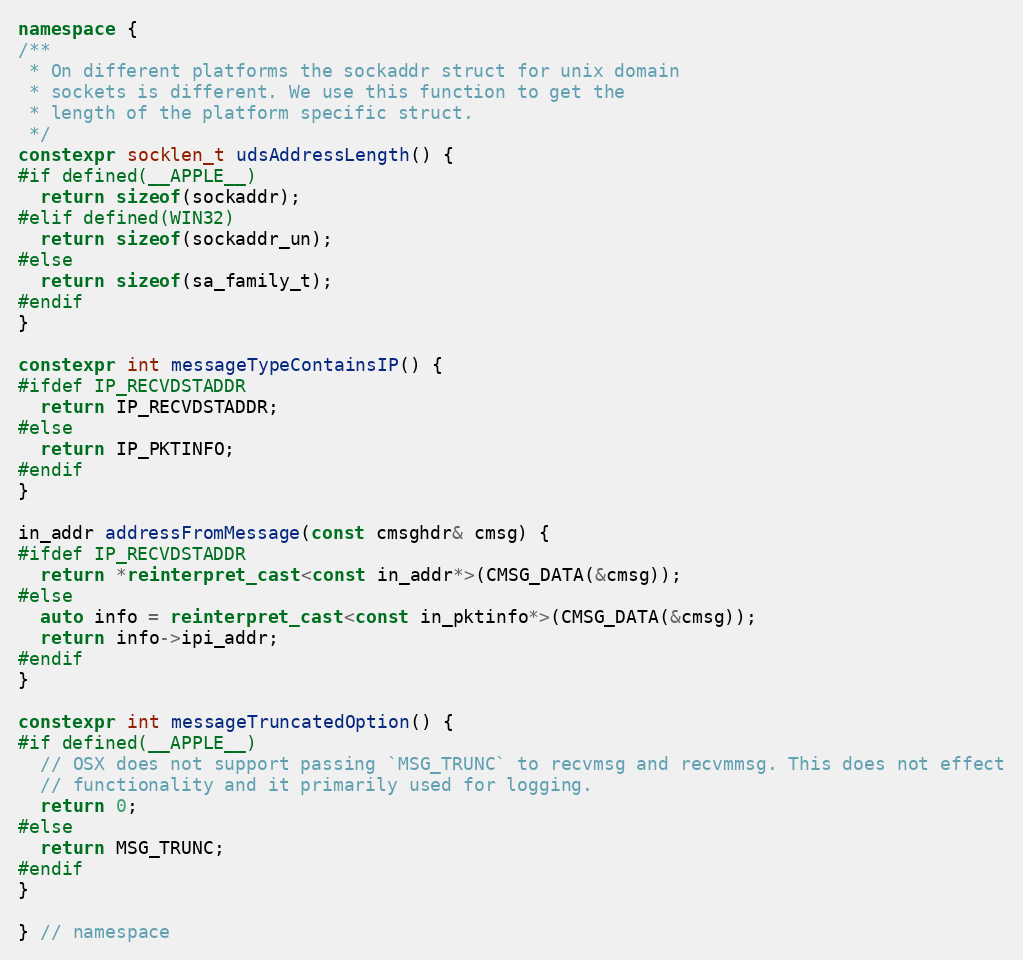
Language: C++
namespace {
/**
 * On different platforms the sockaddr struct for unix domain
 * sockets is different. We use this function to get the
 * length of the platform specific struct.
 */
constexpr socklen_t udsAddressLength() {
#if defined(__APPLE__)
  return sizeof(sockaddr);
#elif defined(WIN32)
  return sizeof(sockaddr_un);
#else
  return sizeof(sa_family_t);
#endif
}

constexpr int messageTypeContainsIP() {
#ifdef IP_RECVDSTADDR
  return IP_RECVDSTADDR;
#else
  return IP_PKTINFO;
#endif
}

in_addr addressFromMessage(const cmsghdr& cmsg) {
#ifdef IP_RECVDSTADDR
  return *reinterpret_cast<const in_addr*>(CMSG_DATA(&cmsg));
#else
  auto info = reinterpret_cast<const in_pktinfo*>(CMSG_DATA(&cmsg));
  return info->ipi_addr;
#endif
}

constexpr int messageTruncatedOption() {
#if defined(__APPLE__)
  // OSX does not support passing `MSG_TRUNC` to recvmsg and recvmmsg. This does not effect
  // functionality and it primarily used for logging.
  return 0;
#else
  return MSG_TRUNC;
#endif
}

} // namespace